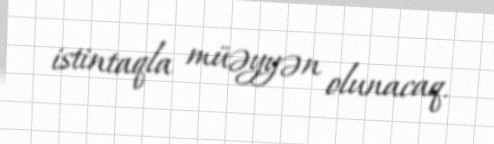
istintaqla müəyyən olunacaq.